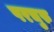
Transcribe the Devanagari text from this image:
परचुरु